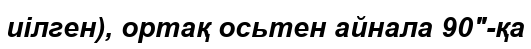
иілген), ортақ осьтен айнала 90"-қа